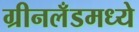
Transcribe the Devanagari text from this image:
ग्रीनलँडमध्ये